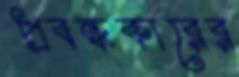
প্রবন্ধকারের